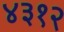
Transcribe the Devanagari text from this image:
४३१२